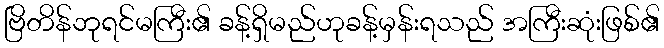
ဗြိတိန်ဘုရင်မကြီး၏ ခန့်ရှိမည်ဟုခန့်မှန်းရသည် အကြီးဆုံးဖြစ်၏